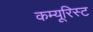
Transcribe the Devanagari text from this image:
कम्यूरिस्ट